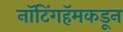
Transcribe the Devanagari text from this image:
नॉटिंगहॅमकडून